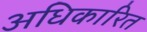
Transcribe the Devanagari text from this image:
अधिकारित